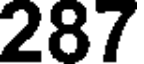
287